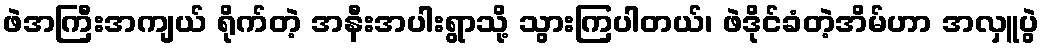
ဖဲအကြီးအကျယ် ရိုက်တဲ့ အနီးအပါးရွာသို့ သွားကြပါတယ်၊ ဖဲဒိုင်ခံတဲ့အိမ်ဟာ အလှူပွဲ